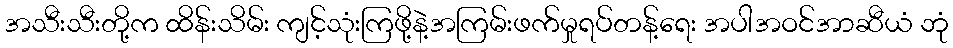
အသီးသီးတို့က ထိန်းသိမ်း ကျင့်သုံးကြဖို့နဲ့အကြမ်းဖက်မှုရပ်တန့်ရေး အပါအဝင်အာဆီယံ ဘုံ